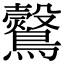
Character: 𪇂